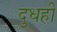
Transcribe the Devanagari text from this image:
दुधही